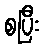
စပြီး